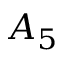
A _ { 5 }